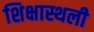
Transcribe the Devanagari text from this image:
शिक्षास्थली